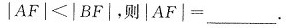
$$\left | A F \right | < \left | B F \right |$$，则$$\left | A F \right | = $$_______.